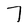
Character: 7